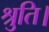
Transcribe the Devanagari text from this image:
श्रुति।